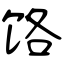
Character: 饹